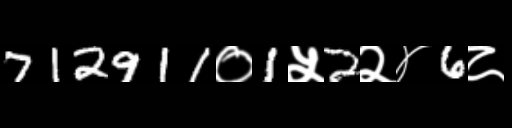
Text: 712911०1५2२४6८